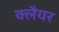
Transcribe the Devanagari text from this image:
क्लैयर